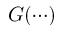
G ( \cdots )